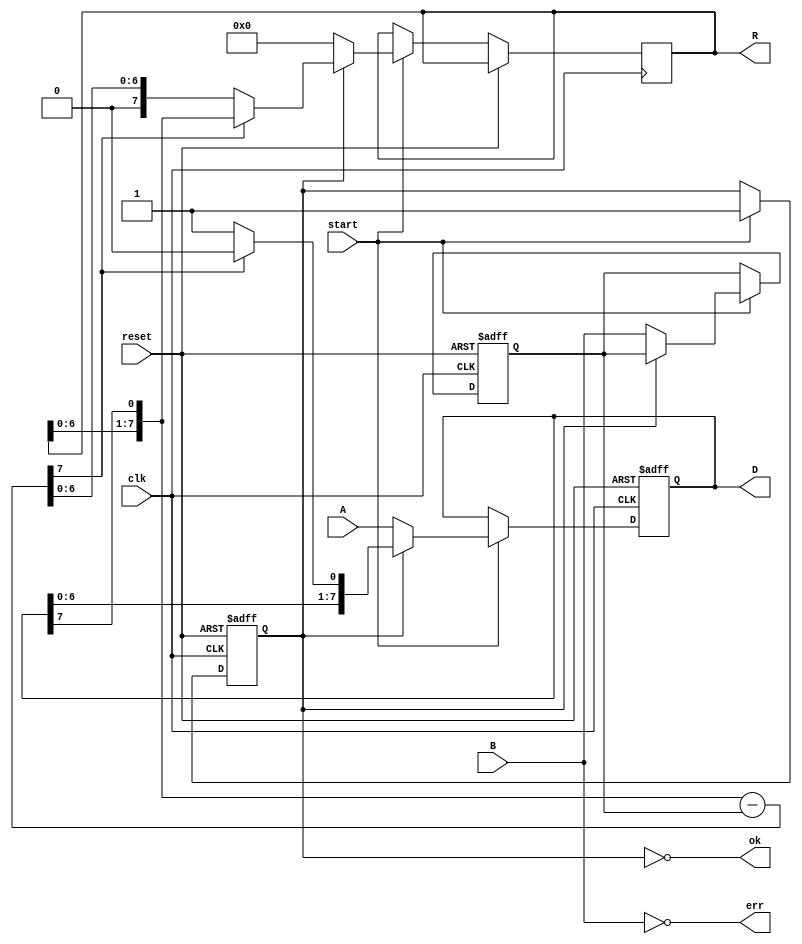
module divider(
input clk,
input reset,
input start,
input [7:0] A,
input [7:0] B,
output [7:0] D,
output [7:0] R,
output ok, // =1 when ready to get result
output err
);
reg active; // true if the divider is running
reg[4:0] cyc; // number of cycles to go
reg[7:0] res; // begin with A, end with D
reg[7:0] den; // B
reg[7:0] work; // running R
// calculate the current digit
wire[7:0] sub = { work[6:0], res[7] } -den;
assign err = !B;
// send the results to master
assign D = res;
assign R = work;
assign ok = ~active;
//state machine
always @(posedge clk , posedge reset) begin
if (reset) begin
active <= 0;
cyc <= 0;
res <= 0;
den <= 0;
end
else if(start) begin
if(active) begin
//run iteration of divide
if(sub[7] == 0) begin
work <=sub[7:0];
res <= {res[6:0],1'b1};
end
else begin
work <= { work[6:0],res[7]};
res <= {res[6:0],1'b0};
end
cyc <= cyc - 5'd1;
end
else begin
//set up for an unsigned divide
cyc <= 5'd31;
res <= A;
den <= B;
work <= 8'b0;
active <= 1;
end
end
end
endmodule